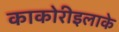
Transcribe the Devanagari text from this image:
काकोरीइलाके